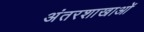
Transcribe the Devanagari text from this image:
अंतरशाखाओं